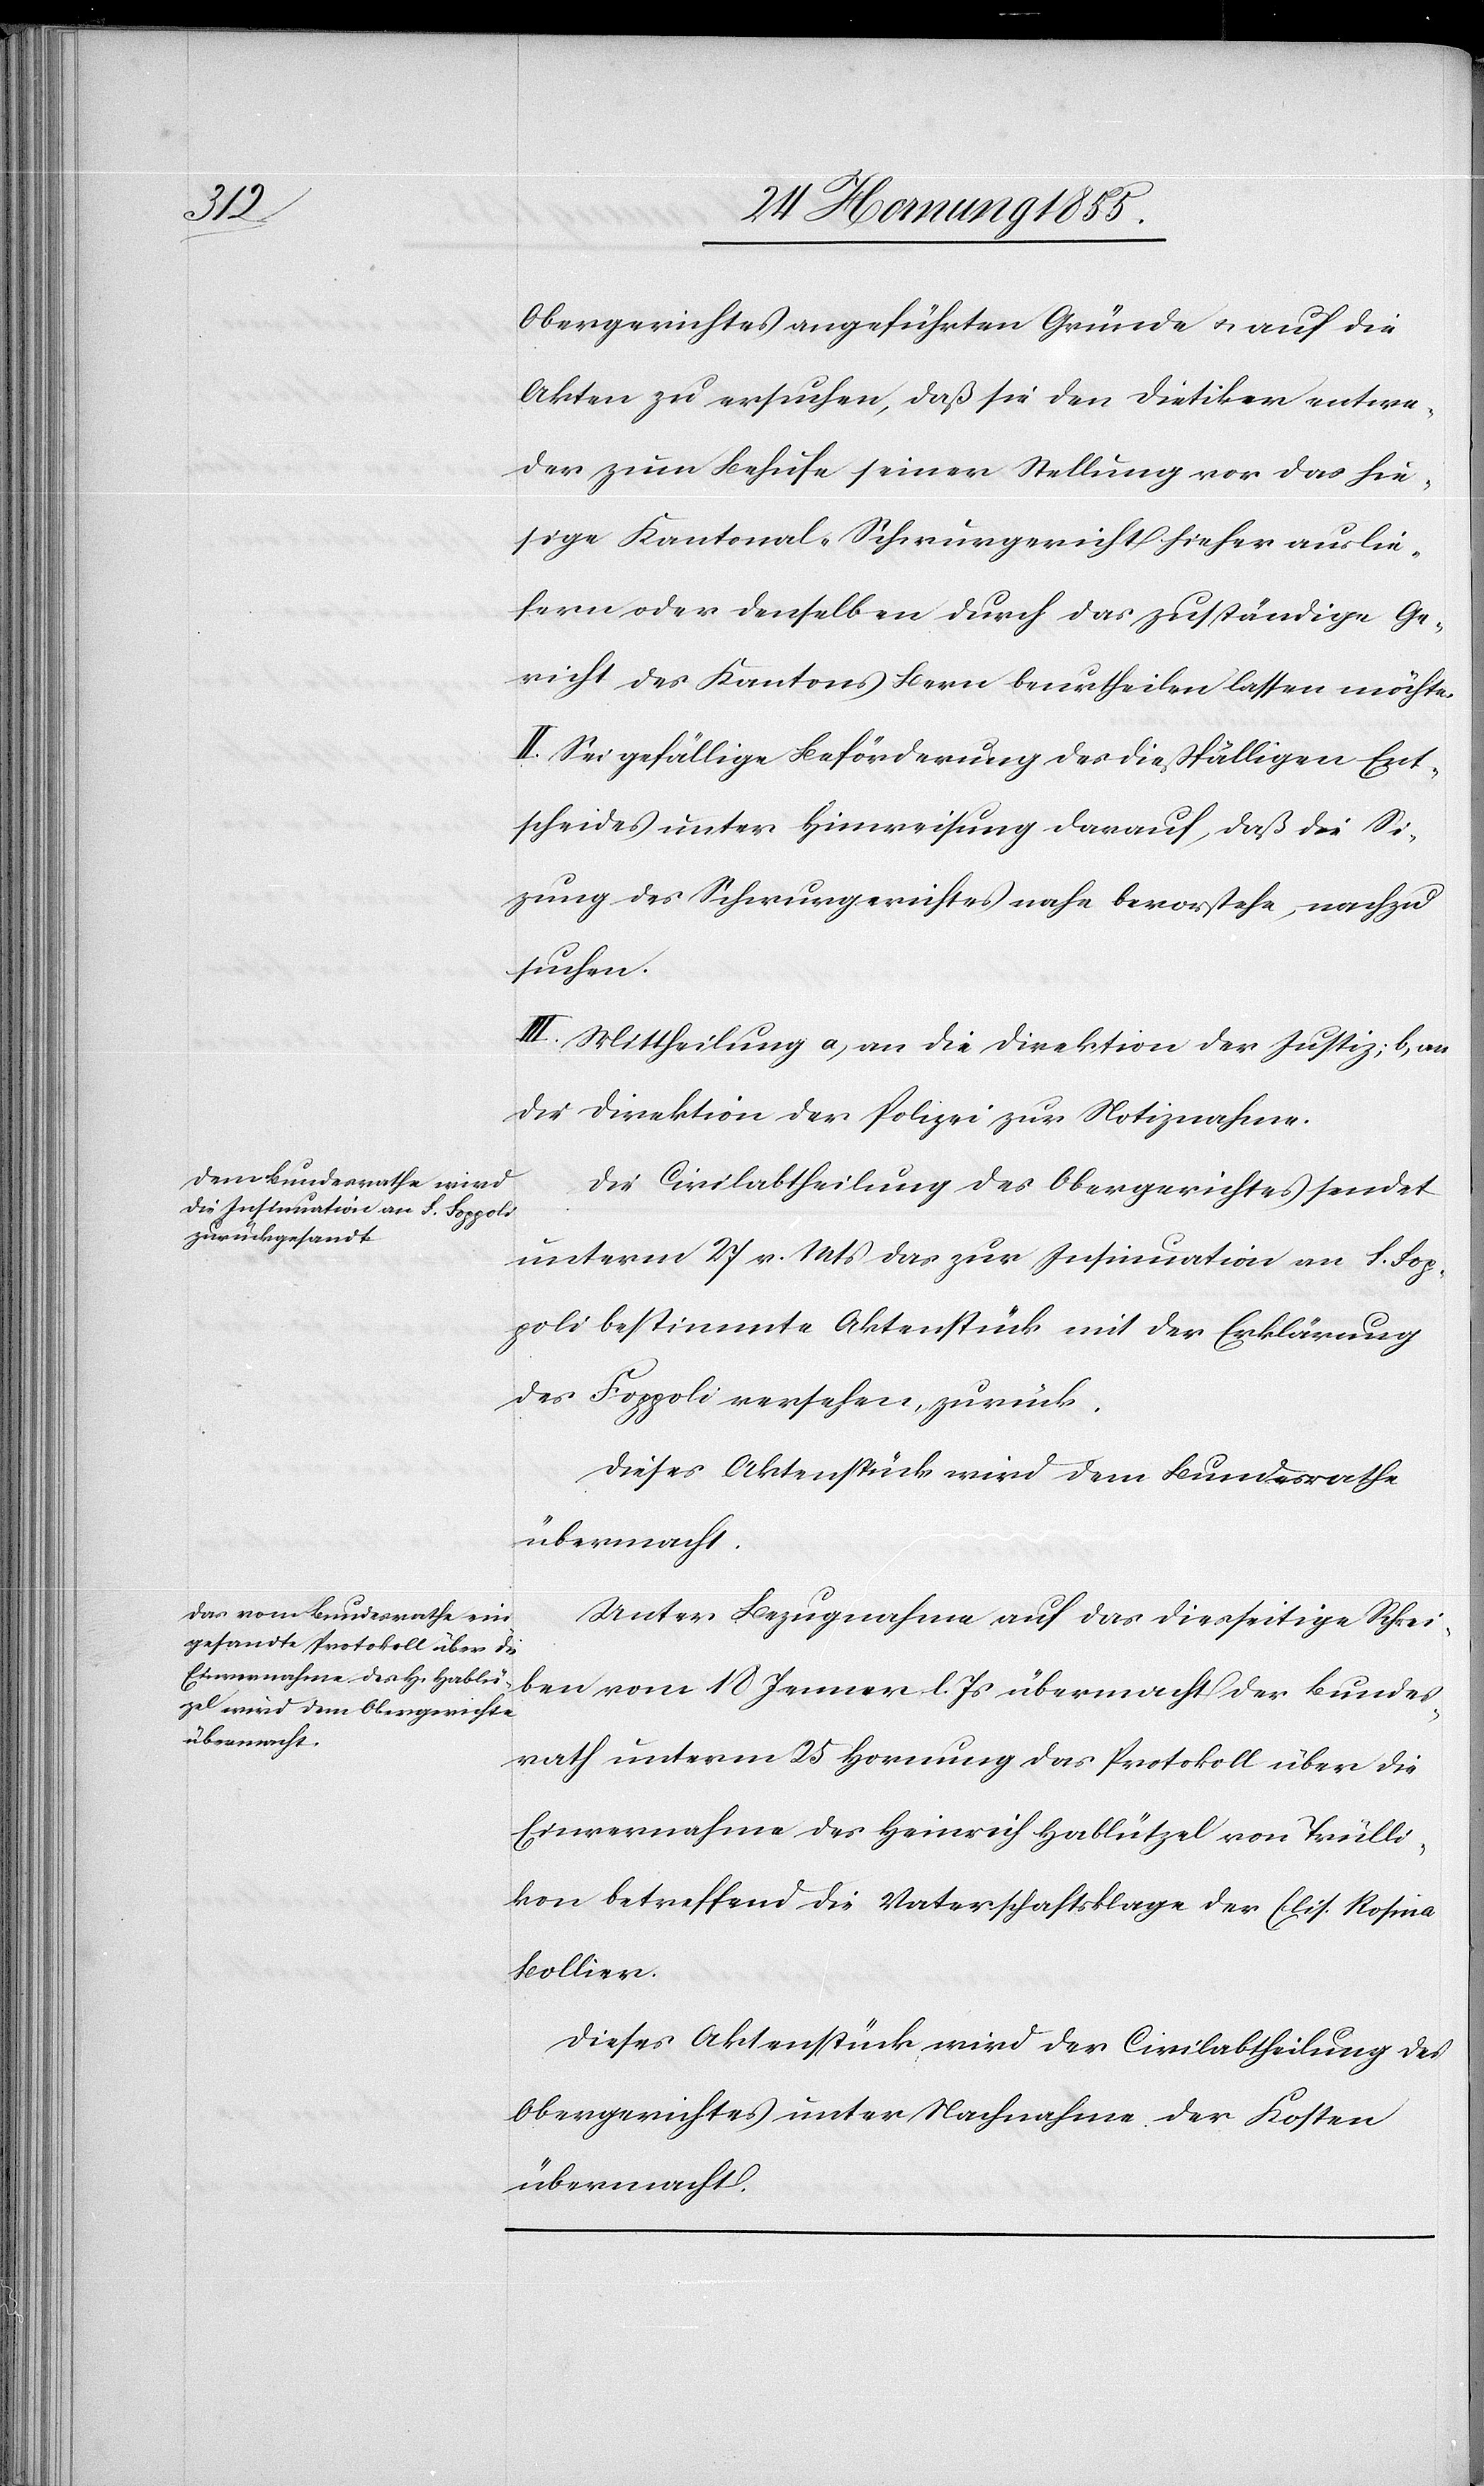
Obergerichtes angeführten Gründe & auf die
Akten zu ersuchen, daß sie den Dietiker entwe¬
der zum Behufe seiner Stellung vor das hie¬
sige Kantonal-Schwurgericht hieher auslie¬
fern oder denselben durch das zuständige Ge¬
richt des Kantons Bern beurtheilen lassen möchte.
II. Sei gefällige Beförderung des dießfälligen Ent¬
scheides unter Hinweisung darauf, daß die S¬
i[t]zung des Schwurgerichtes nahe bevorstehe, nachzu¬
suchen.
III. Mittheilung a, an die Direktion der Justiz; b, an
die Direktion der Polizei zur Notiznahme.
Die Civilabtheilung des Obergerichtes sendet
unterm 27 v. Mts das zur Insinuation an S. Fop¬
poli bestimmte Aktenstück mit der Erklärung
des Foppoli versehen, zurück.
Dieses Aktenstück wird dem Bundesrathe
übermacht.
Unter Bezugnahme auf das diesseitige Schrei¬
ben vom 18 Jenner l. Js übermacht der Bundes¬
rath unterm 25 Hornung das Protokoll über die
Einvernahme des Heinrich Hablützel von Trülli¬
kon betreffend die Vaterschaftsklage der Elis. Rosina
Bollier.
Dieses Aktenstück wird der Civilabtheilung des
Obergerichtes unter Nachnahme der Kosten
übermacht.